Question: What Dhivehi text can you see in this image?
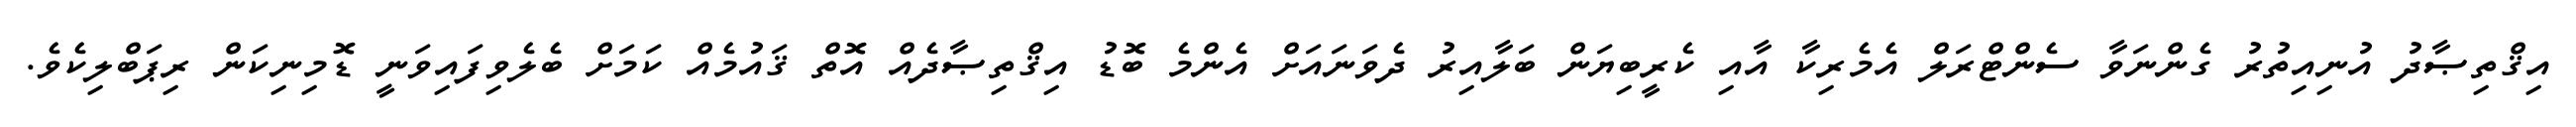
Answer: އިޤްތިޞާދު އުނިއިތުރު ގެންނަވާ ސެންޓްރަލް އެމެރިކާ އާއި ކެރީބިޔަން ބަލާއިރު ދެވަނައަށް އެންމެ ބޮޑު އިޤްތިޞާދެއް އޮތް ޤައުމެއް ކަމަށް ބެލެވިފައިވަނީ ޑޮމިނިކަން ރިޕަބްލިކެވެ.